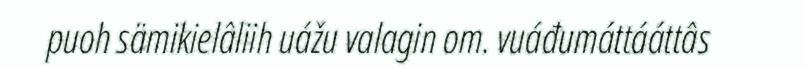
puoh sämikielâliih uážu valagin om. vuáđumáttááttâs